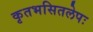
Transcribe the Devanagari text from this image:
कृतभसितलेपः